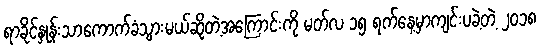
ရာခိုင်နှုန်းသာကောက်ခံသွားမယ်ဆိုတဲ့အကြောင်းကို မတ်လ ၁၅ ရက်နေ့မှာကျင်းပခဲ့တဲ့ ၂၀၁၈